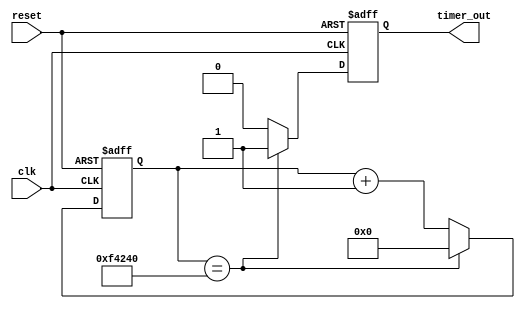
module periodic_timer(
    input clk,
    input reset,
    output reg timer_out
);

reg [31:0] count;

always @ (posedge clk or posedge reset) begin
    if (reset) begin
        count <= 0;
        timer_out <= 0;
    end else begin
        if (count == 1000000) begin // 1 second period for example
            count <= 0;
            timer_out <= 1;
        end else begin
            count <= count + 1;
            timer_out <= 0;
        end
    end
end

endmodule